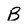
Character: B